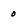
Character: 0